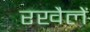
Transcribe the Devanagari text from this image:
रखैलें